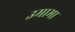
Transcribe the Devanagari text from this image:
उमामा